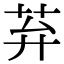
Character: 䒪